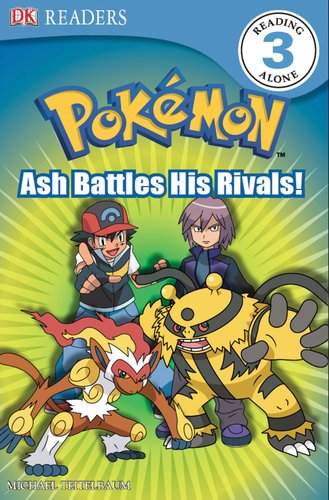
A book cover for DK Reader Level 3 Pokemon:  Ash Battles His Rivals! (DK Readers); BradyGames; Computers & Technology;